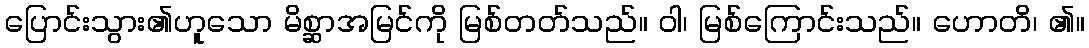
ပြောင်းသွား၏ဟူသော မိစ္ဆာအမြင်ကို မြစ်တတ်သည်။ ဝါ၊ မြစ်ကြောင်းသည်။ ဟောတိ၊ ၏။